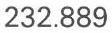
232.889